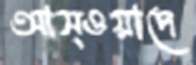
আস্ওয়াদে